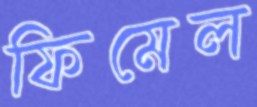
ফিমেল